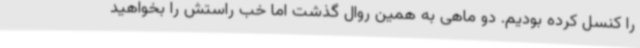
را کنسل کرده بودیم. دو ماهی به همین روال گذشت اما خب راستش را بخواهید